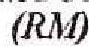
(RM)